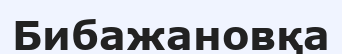
Бибажановқа